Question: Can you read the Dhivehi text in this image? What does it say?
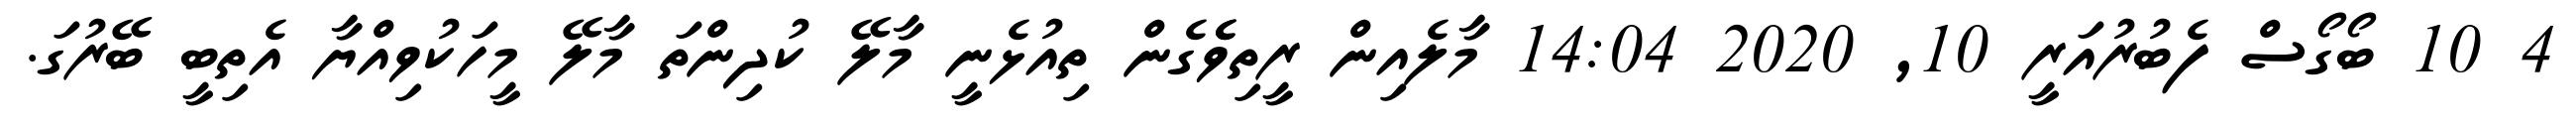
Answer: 4 10 ބޯގޯސް ފެބުރުއަރީ 10, 2020 14:04 މާލެއިން ރީތިވެެގެން ތިއުޅެނީ މާލޭ ކުދިންތަ މާލޭ މީހަކުވިއްޔާ އެތިބީ ބޭރުގަ.